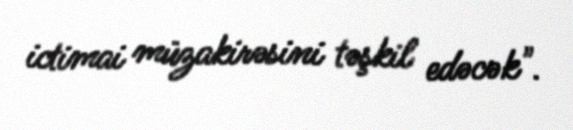
ictimai müzakirəsini təşkil edəcək".